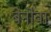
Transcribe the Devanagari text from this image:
बेनोवा